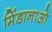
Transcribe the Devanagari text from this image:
मिंडानाओ